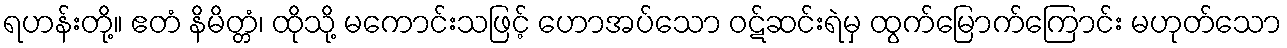
ရဟန်းတို့။ ဧတံ နိမိတ္တံ၊ ထိုသို့ မကောင်းသဖြင့် ဟောအပ်သော ဝဋ်ဆင်းရဲမှ ထွက်မြောက်ကြောင်း မဟုတ်သော